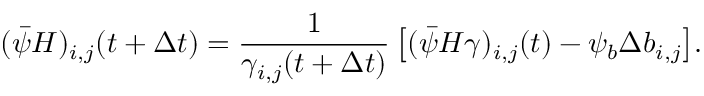
( \bar { \psi } H ) _ { i , j } ( t + \Delta t ) = \frac { 1 } { \gamma _ { i , j } ( t + \Delta t ) } \left[ ( \bar { \psi } H \gamma ) _ { i , j } ( t ) - \psi _ { b } \Delta b _ { i , j } \right] \! .